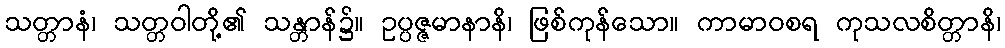
သတ္တာနံ၊ သတ္တဝါတို့၏ သန္တာန်၌။ ဥပ္ပဇ္ဇမာနာနိ၊ ဖြစ်ကုန်သော။ ကာမာဝစရ ကုသလစိတ္တာနိ၊